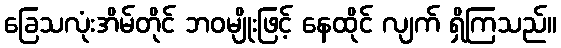
ခြေသလုံးအိမ်တိုင် ဘဝမျိုးဖြင့် နေထိုင် လျက် ရှိကြသည်။